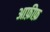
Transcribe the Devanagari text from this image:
आफ़ीफ़